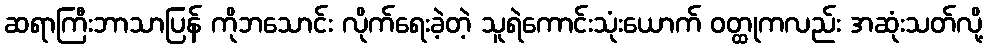
ဆရာကြီးဘာသာပြန် ကိုဘသောင်း လိုက်ရေးခဲ့တဲ့ သူရဲကောင်းသုံးယောက် ဝတ္ထုကလည်း အဆုံးသတ်လို့